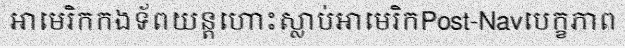
អាមេរិកកងទ័ពយន្តហោះស្លាប់អាមេរិកPost-Navបេក្ខភាព